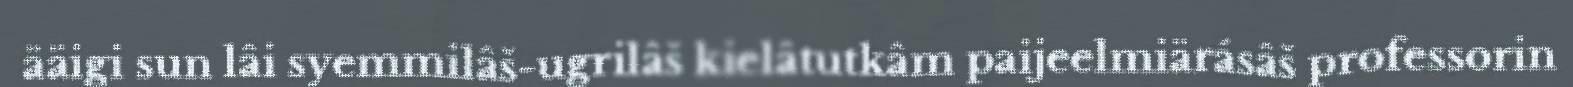
ääigi sun lâi syemmilâš-ugrilâš kielâtutkâm paijeelmiärásâš professorin